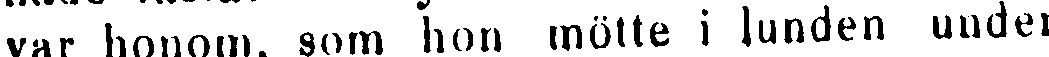
var honom, som hon mötte i lunden under